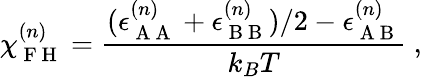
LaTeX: \chi_{\mathrm{~F~H~}}^{(n)}=\frac{(\epsilon_{\mathrm{~A~A~}}^{(n)}+\epsilon_{\mathrm{~B~B~}}^{(n)})/2-\epsilon_{\mathrm{~A~B~}}^{(n)}}{k_{B}T}~,